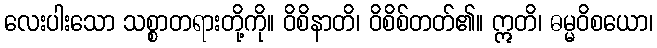
လေးပါးသော သစ္စာတရားတို့ကို။ ဝိစိနာတိ၊ ဝိစိစ်တတ်၏။ ဣတိ၊ ဓမ္မဝိစယော၊